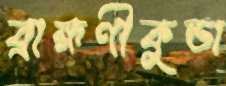
ব্রাহ্মণীকুন্ডা